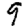
Digit: 9